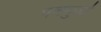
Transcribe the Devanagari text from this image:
पवनुर्जा